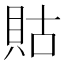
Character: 𧵑